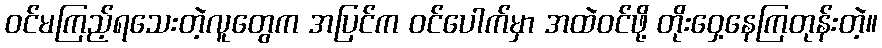
ဝင်မကြည့်ရသေးတဲ့လူတွေက အပြင်က ဝင်ပေါက်မှာ အထဲဝင်ဖို့ တိုးဝှေ့နေကြတုန်းတဲ့။